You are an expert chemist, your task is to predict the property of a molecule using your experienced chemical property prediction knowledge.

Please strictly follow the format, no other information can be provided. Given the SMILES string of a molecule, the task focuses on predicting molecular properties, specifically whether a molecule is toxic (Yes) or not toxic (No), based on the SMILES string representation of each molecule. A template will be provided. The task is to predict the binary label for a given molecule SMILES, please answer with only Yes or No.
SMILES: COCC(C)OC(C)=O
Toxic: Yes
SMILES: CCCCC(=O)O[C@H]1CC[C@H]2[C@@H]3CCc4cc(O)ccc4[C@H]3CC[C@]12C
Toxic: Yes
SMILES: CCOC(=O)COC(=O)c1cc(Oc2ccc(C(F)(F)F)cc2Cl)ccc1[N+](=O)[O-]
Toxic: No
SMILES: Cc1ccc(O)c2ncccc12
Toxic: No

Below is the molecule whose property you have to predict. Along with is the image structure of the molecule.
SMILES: CN[C@]1(c2ccccc2Cl)CCCCC1=O
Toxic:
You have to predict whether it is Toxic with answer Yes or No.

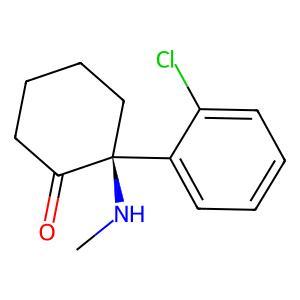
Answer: No